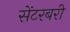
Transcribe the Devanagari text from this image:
सेंटरबरी